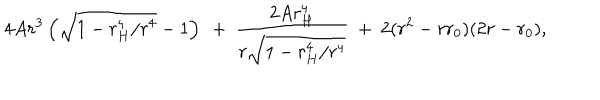
4 A r ^ { 3 } \left( \sqrt { 1 - r _ { H } ^ { 4 } / r ^ { 4 } } - 1 \right) \ + \ \frac { 2 A r _ { H } ^ { 4 } } { r \sqrt { 1 - r _ { H } ^ { 4 } / r ^ { 4 } } } \ + \ 2 ( r ^ { 2 } - r r _ { 0 } ) ( 2 r - r _ { 0 } ) ,